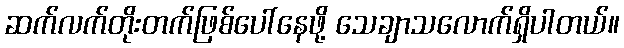
ဆက်လက်တိုးတက်ဖြစ်ပေါ်နေဖို့ သေချာသလောက်ရှိပါတယ်။